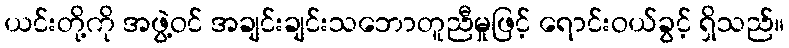
ယင်းတို့ကို အဖွဲ့ဝင် အချင်းချင်းသဘောတူညီမှုဖြင့် ရောင်းဝယ်ခွင့် ရှိသည်။